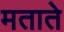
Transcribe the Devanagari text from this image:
मताते